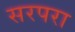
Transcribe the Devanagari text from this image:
सरपरा